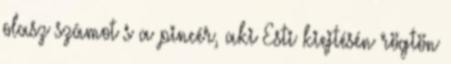
olasz számot s a pincér, aki Esti kiejtésén rögtön